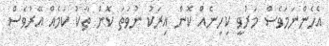
އެހެންނަމަވެސް މަރުވީ ކިހިނެއް ކޮން އިރަކު ނުވަތަ ކޮން ތާކު ކަމެއް އޭރުވެސް